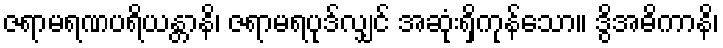
ဇရာမရဏပရိယန္တာနိ၊ ဇရာမရပုဒ်လျှင် အဆုံးရှိကုန်သော။ ဒွိအဓိကာနိ၊